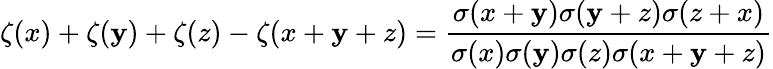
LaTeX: \zeta(x)+\zeta(\mathbf{y})+\zeta(z)-\zeta(x+\mathbf{y}+z)={\frac{{\sigma(x+\mathbf{y})\sigma(\mathbf{y}+z)\sigma(z+x)}}{{\sigma(x)\sigma(\mathbf{y})\sigma(z)\sigma(x+\mathbf{y}+z)}}}